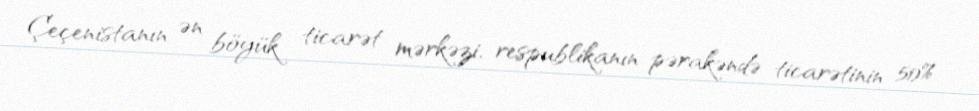
Çeçenistanın ən böyük ticarət mərkəzi, respublikanın pərakəndə ticarətinin 50%